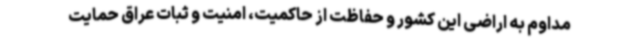
مداوم به اراضی این کشور و حفاظت از حاکمیت، امنیت و ثبات عراق حمایت